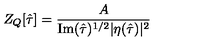
Z _ { Q } [ \hat { \tau } ] = \frac { A } { \mathrm { I m } ( \hat { \tau } ) ^ { 1 / 2 } | \eta ( \hat { \tau } ) | ^ { 2 } }